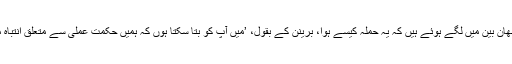
ایسے میں جب فرانسیسی اہل کار اس بات کی چھان بین میں لگے ہوئے ہیں کہ یہ حملہ کیسے ہوا، برینن کے بقول، ’میں آپ کو بتا سکتا ہوں کہ ہمیں حکمت عملی سے متعلق انتباہ موصول ہوا تھا کہ اس قسم کا حملہ ہو سکتا ہے۔